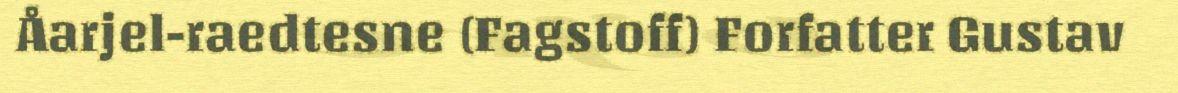
Åarjel-raedtesne (Fagstoff) Forfatter Gustav